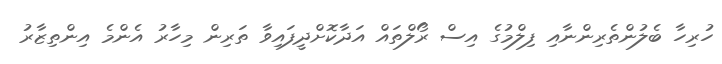
ހުރިހާ ބެލުންތެރިންނާއި ފިލްމުގެ އިސް ރޯލްތައް އަދާކޮށްދީފައިވާ ތަރިން މިހާރު އެންމެ އިންތިޒާރު